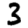
Digit: 3